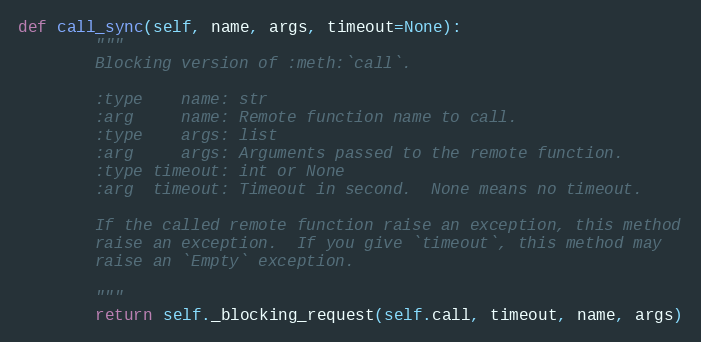
Language: Python
def call_sync(self, name, args, timeout=None):
        """
        Blocking version of :meth:`call`.

        :type    name: str
        :arg     name: Remote function name to call.
        :type    args: list
        :arg     args: Arguments passed to the remote function.
        :type timeout: int or None
        :arg  timeout: Timeout in second.  None means no timeout.

        If the called remote function raise an exception, this method
        raise an exception.  If you give `timeout`, this method may
        raise an `Empty` exception.

        """
        return self._blocking_request(self.call, timeout, name, args)